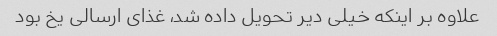
علاوه بر اینکه خیلی دیر تحویل داده شد، غذای ارسالی یخ بود